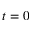
t = 0